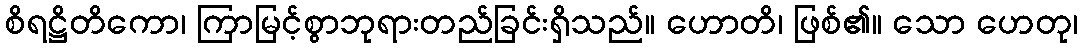
စိရဋ္ဌိတိကော၊ ကြာမြင့်စွာဘုရားတည်ခြင်းရှိသည်။ ဟောတိ၊ ဖြစ်၏။ သော ဟေတု၊